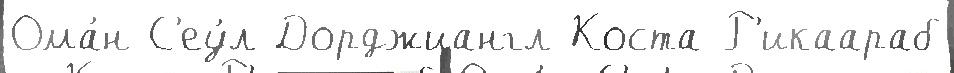
Ома́н С'еу́л Дорджиангл Коста-Р'икаараб